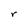
Character: r